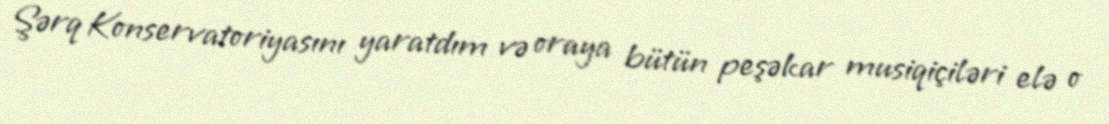
Şərq Konservatoriyasını yaratdım və oraya bütün peşəkar musiqiçiləri elə o